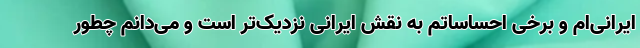
ایرانی‌ام و برخی احساساتم به نقش ایرانی نزدیک‌تر است و می‌دانم چطور